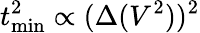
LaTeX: t_{\mathrm{min}}^{2}\propto(\Delta(V^{2}))^{2}